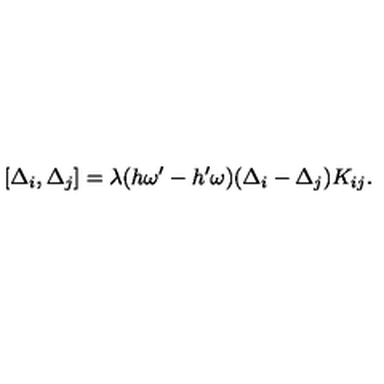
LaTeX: [ \Delta _ { i } , \Delta _ { j } ] = \lambda ( h \omega ^ { \prime } - h ^ { \prime } \omega ) ( \Delta _ { i } - \Delta _ { j } ) K _ { i j } .